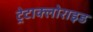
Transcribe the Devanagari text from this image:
ट्रेटाक्लोराइड